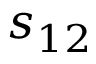
s _ { 1 2 }